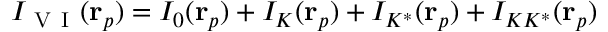
I _ { \mathrm { ~ V ~ I ~ } } ( \mathbf { r } _ { p } ) = I _ { 0 } ( \mathbf { r } _ { p } ) + I _ { K } ( \mathbf { r } _ { p } ) + I _ { K ^ { * } } ( \mathbf { r } _ { p } ) + I _ { K K ^ { * } } ( \mathbf { r } _ { p } )